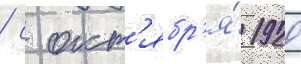
/ с окт'ябр'я́ 1920